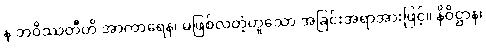
န ဘဝိဿတီတိ အာကာရေန၊ မဖြစ်လတံ့ဟူသော အခြင်းအရာအားဖြင့်။ နိဝိဋ္ဌာန၊